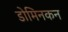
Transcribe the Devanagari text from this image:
डोमिनकन